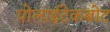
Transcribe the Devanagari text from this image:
पोलाईटेकबोट